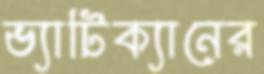
ভ্যাটিক্যানের